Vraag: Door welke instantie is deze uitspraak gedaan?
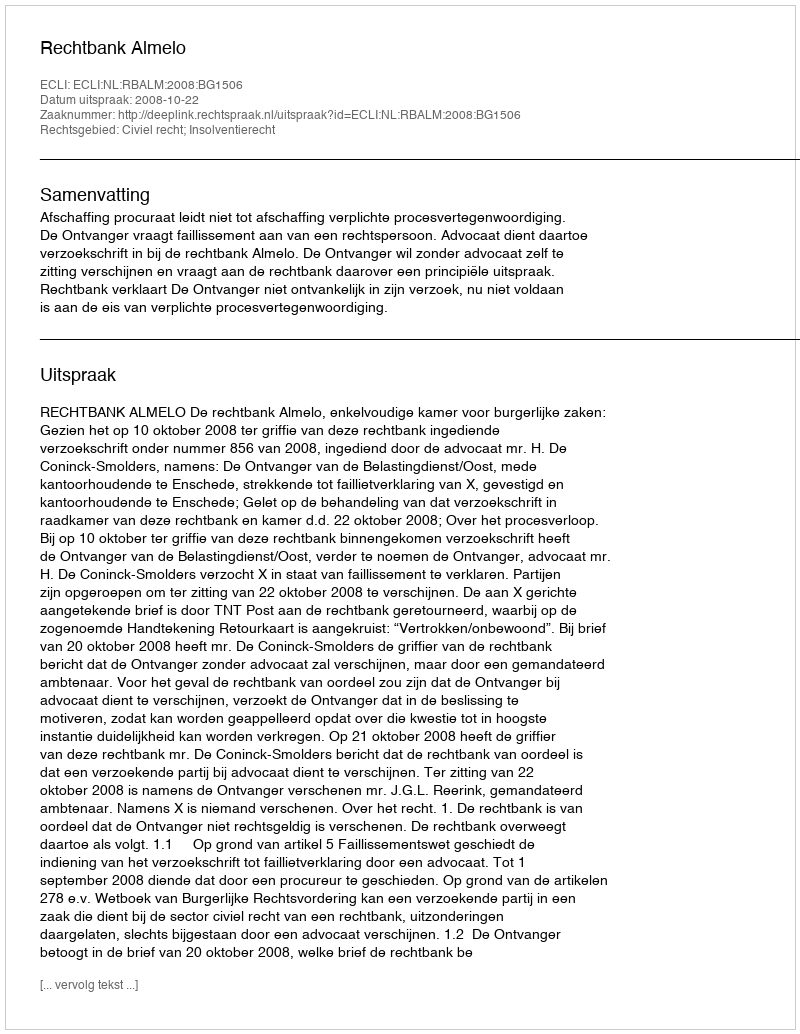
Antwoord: Rechtbank Almelo